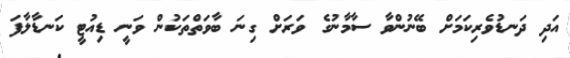
އަދި ދަނޑުވެރިކަމަށް ބޭނުންވާ ސާމާނުގެ ވަރަށް ގިނަ ބާވަތްތަކުން ވަނީ ޑިއުޓީ ކަނޑާލާފަ